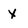
Character: x